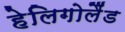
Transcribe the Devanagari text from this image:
हेलिगोलैंड